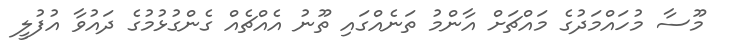
މޫސާ މުހައްމަދުގެ މައްޗަށް އާންމު ތަނެއްގައި ތޫނު އެއްޗެއް ގެންގުޅުމުގެ ދައުވާ އުފުލީ